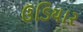
ઉડિયાર